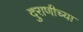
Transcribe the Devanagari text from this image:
दुराणीच्या